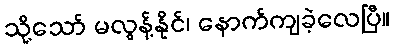
သို့သော် မလွန့်နိုင်၊ နောက်ကျခဲ့လေပြီ။